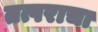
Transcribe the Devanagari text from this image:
तत्पराचा